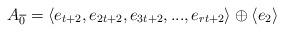
LaTeX: \begin{align*} A_{\overline{0}}= \langle e_{t+2},e_{2t+2},e_{3t+2},...,e_{rt+2} \rangle \oplus \langle e_2 \rangle \end{align*}